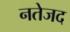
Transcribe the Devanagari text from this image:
नतेजद